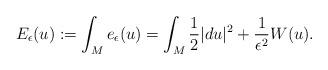
LaTeX: \begin{align*}E_{\epsilon}(u):=\int_Me_{\epsilon}(u)=\int_M\frac{1}{2}|du|^2+\frac{1}{\epsilon^2}W(u).\end{align*}